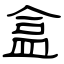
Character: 盒